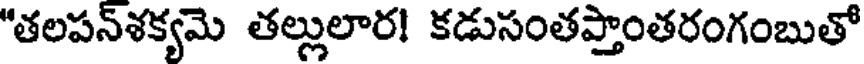
"తలపన్ళక్యమె తల్లులార! కడుసంతప్తాంతరంగంబుతో